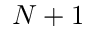
N + 1